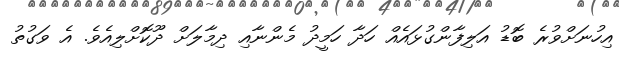
އިހުނަށްވުރެ ބޮޑު އަލިފާންގުޅައެއް ހަދާ ހަމީދު މެންނާއި ދިމާލަށް ދޫކޮށްލިއެވެ. އެ ވަގުތު